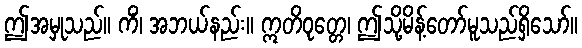
ဤအမှုသည်။ ကိံ၊ အဘယ်နည်း။ ဣတိဝုတ္တေ၊ ဤသို့မိန့်တော်မူသည်ရှိသော်။